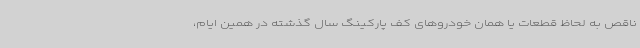
ناقص به لحاظ قطعات یا همان خودروهای کف پارکینگ سال گذشته در همین ایام،